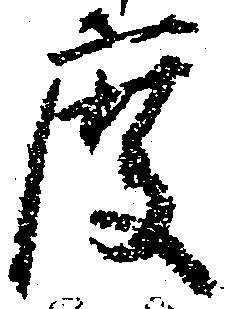
度